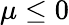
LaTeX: \mu\leq 0